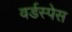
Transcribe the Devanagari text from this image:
वर्डस्पेस